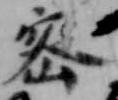
密